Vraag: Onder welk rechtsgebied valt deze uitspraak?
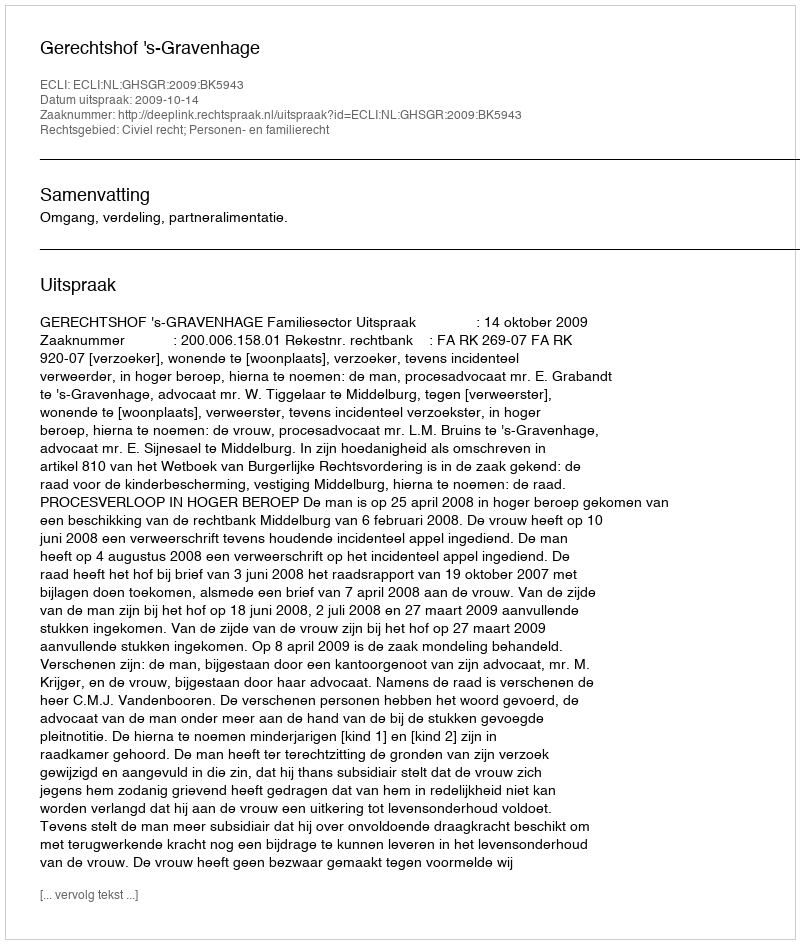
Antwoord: Civiel recht; Personen- en familierecht